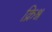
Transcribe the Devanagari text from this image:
क्रिश्न